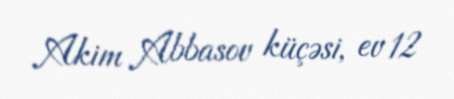
Akim Abbasov küçəsi, ev 12